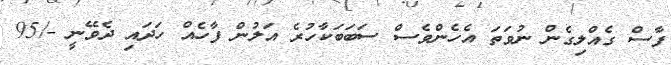
ފާސް ގެއްލިގެން ނުވަތަ އެހެންވެސް ސަބަބަކާހުރެ އަލުން ފާހެއް ހަދައި ދެވޭނީ -/95